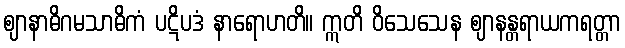
ဈာနာဓိဂမသာဓိကံ ပဋိပဒံ နာရောဟတိ။ ဣတိ ဝိသေသေန ဈာနန္တရာယကရတ္တာ